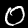
Digit: 0